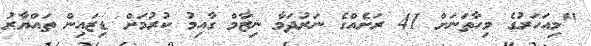
"މިއަހަރުގެ މިހާތަނަށް 41 ރަށެއްގެ ނަރުދަމާ ނިޒާމް ގާއިމު ކުރުމަށް ޑިޒައިން ތައްޔާރު